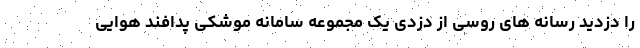
را دزدید رسانه های روسی از دزدی یک مجموعه سامانه موشکی پدافند هوایی